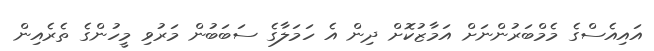
އައިއެސްގެ މެމްބަރުންނަށް އަމާޒުކޮށް ދިން އެ ހަމަލާގެ ސަބަބުން މަރުވި މީހުންގެ ތެރެއިން